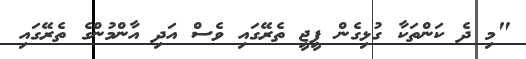
"މި ދެ ކަންތަކާ ގުޅިގެން ޕީޖީ ތެރޭގައި ވެސް އަދި އާންމުންގެ ތެރޭގައި